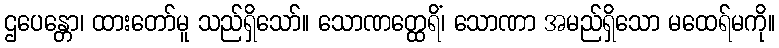
ဌပေန္တော၊ ထားတော်မူ သည်ရှိသော်။ သောဏတ္ထေရိံ၊ သောဏာ အမည်ရှိသော မထေရ်မကို။